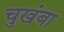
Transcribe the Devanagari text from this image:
चुखंबा